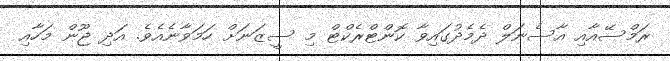
ރަމްސޭއާއި އާސެނަލް ދެމެދުގައިވާ ކޮންޓްރެކްޓް މި ސީޒަނަށް ހަމަވާނެއެވެ. އަދި ޖޫން މަހާއި